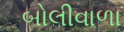
બોલીવાળા